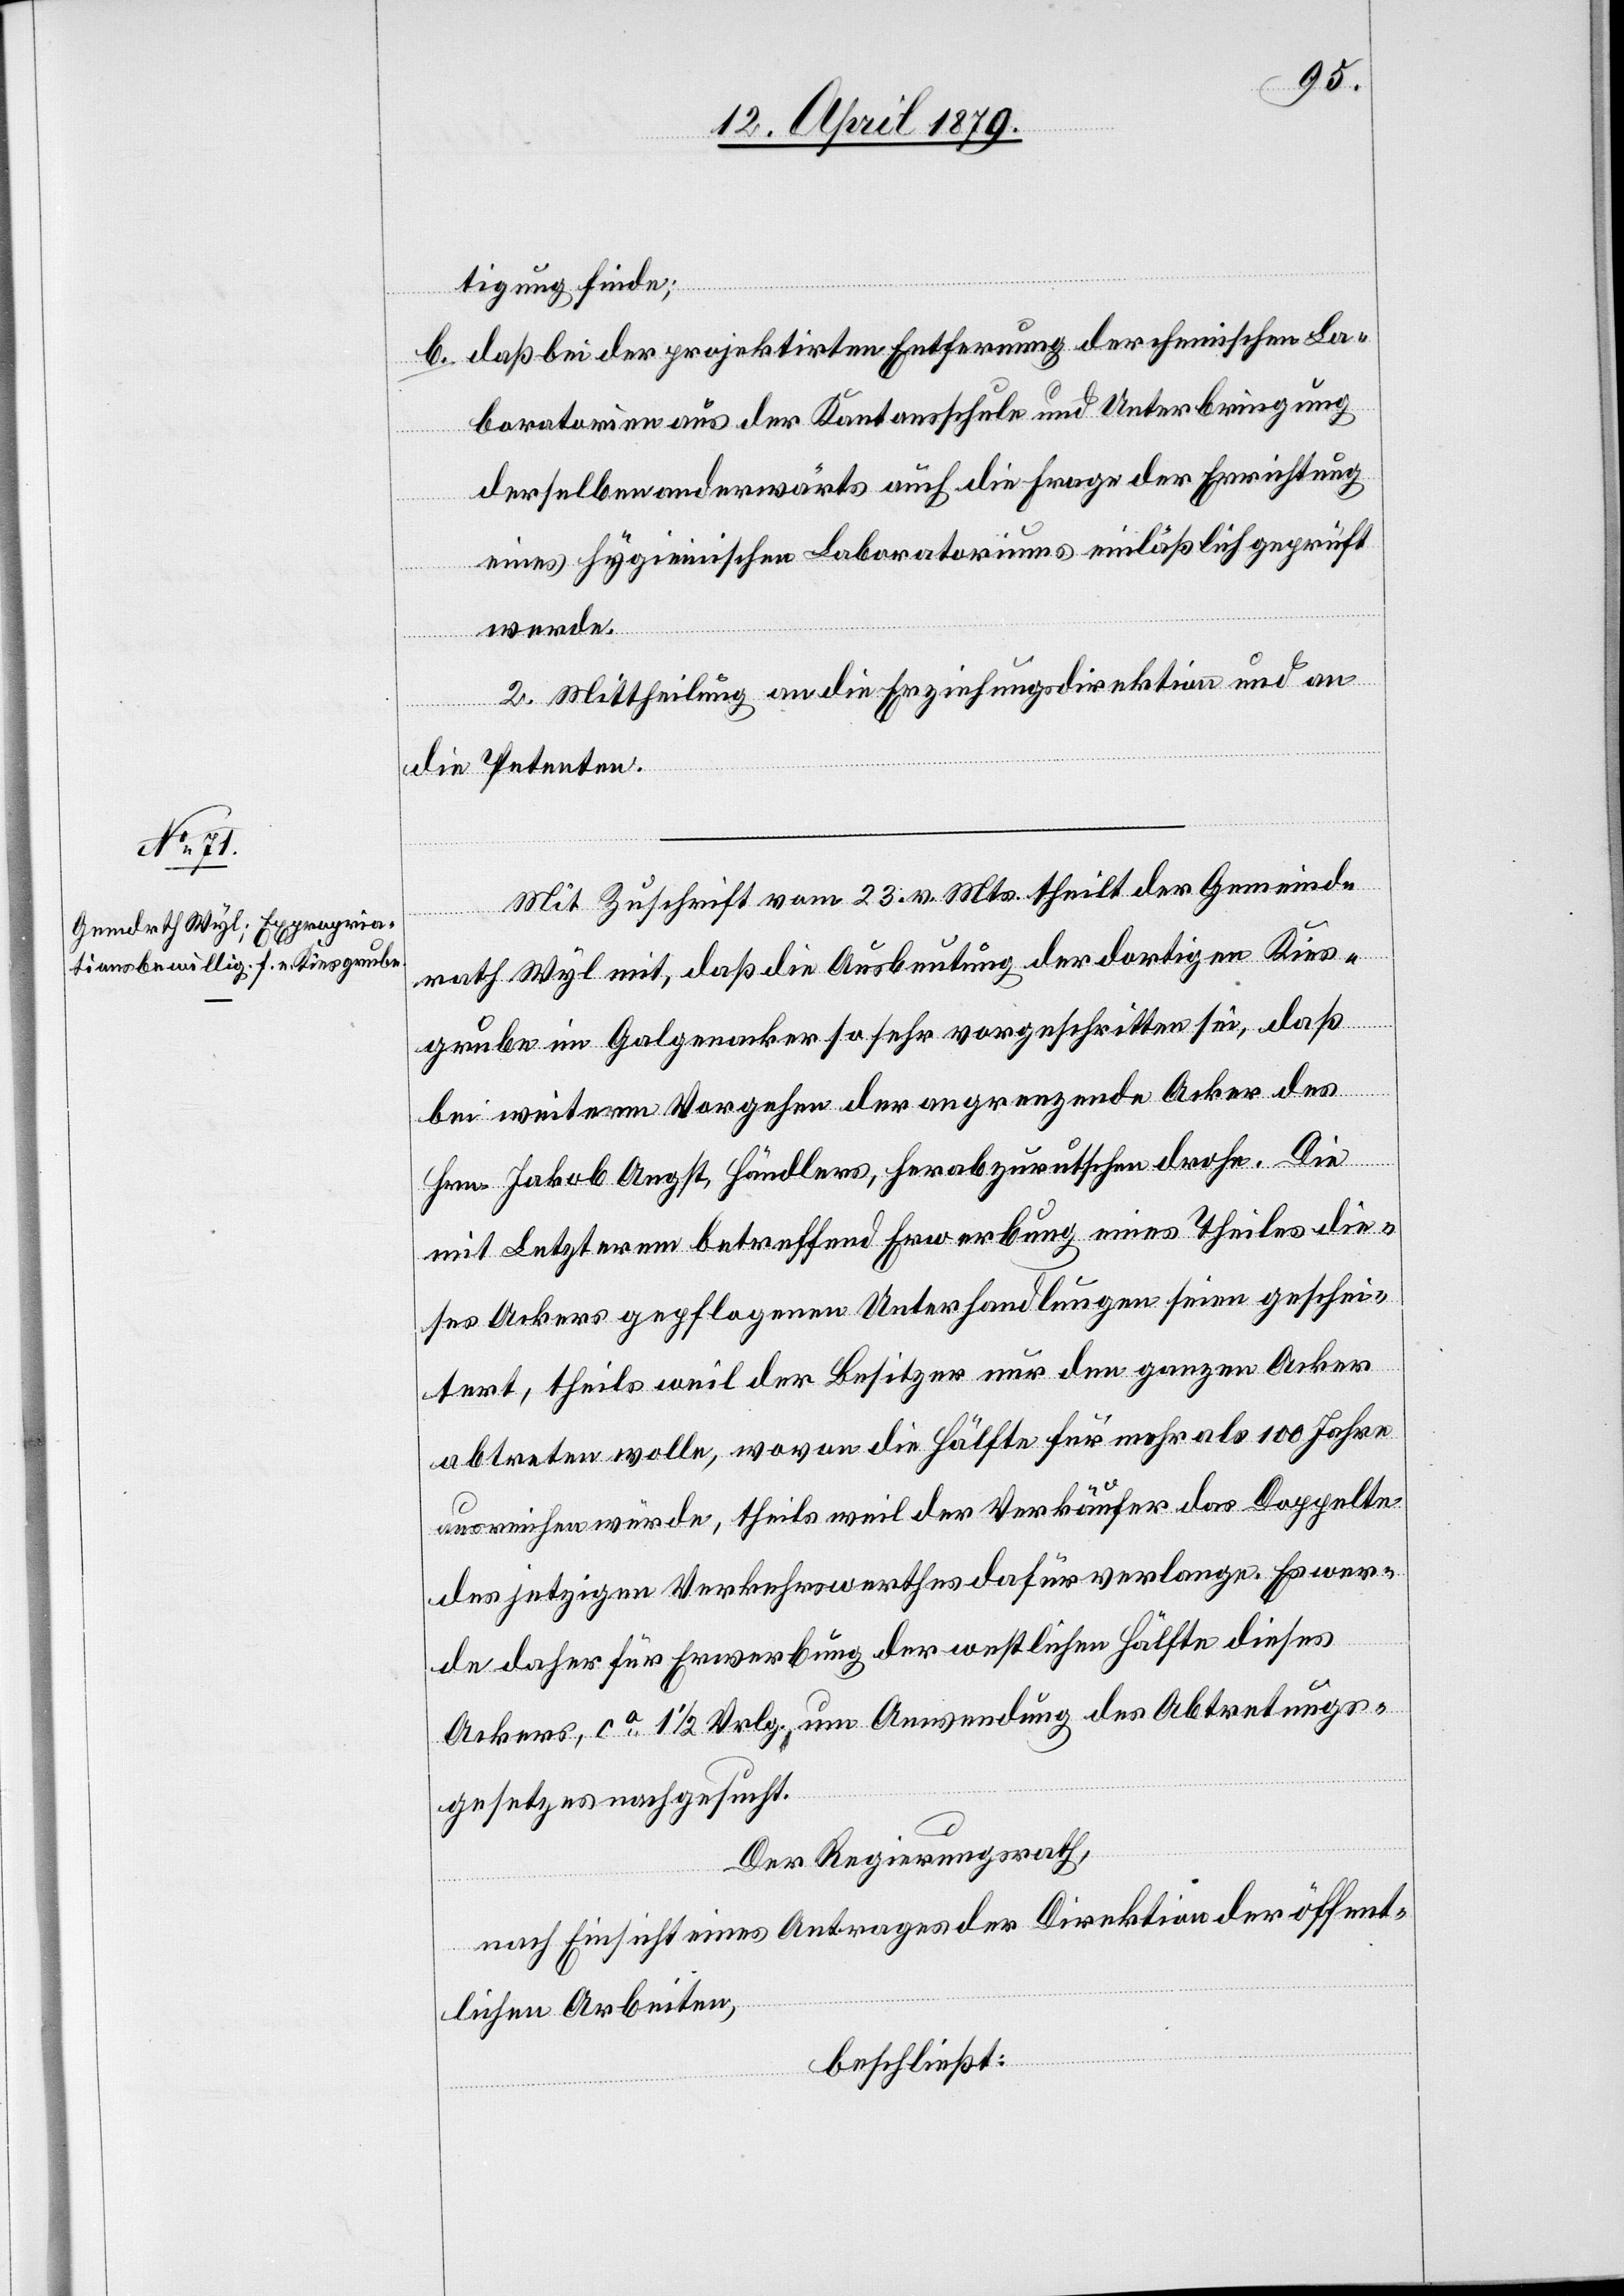
tigung finde;
b. daß bei der projektirten Entfernung der chemischen La¬
boratorien aus der Kantonsschule und Unterbringung
derselben anderwärts auch die Frage der Errichtung
eines hygieinischen Laboratoriums einläßlich geprüft
werde.
2. Mittheilung an die Erziehungsdirektion und an
die Petenten.
Mit Zuschrift vom 23. v. Mts. theilt der Gemeind¬
rath Wyl mit, daß die Ausbeutung der dortigen Kies¬
grube im Galgenacker so sehr vorgeschritten sei, daß
bei weiterm Vorgehen der angrenzende Acker des
Hrn. Jakob Angst, Händlers, herabzurutschen drohe. Die
mit Letzterem betreffend Erwerbung eines Theiles die¬
ses Ackers gepflogenen Unterhandlungen seien geschei¬
tert, theils weil der Besitzer nur den ganzen Acker
abtreten wolle, wovon die Hälfte für mehr als 100 Jahre
ausreichen würde, theils weil der Verkäufer das Doppelte
des jetzigen Verkehrswerthes dafür verlange. Es wer¬
de daher für Erwerbung der westlichen Hälfte dieses
Ackers, ca 1 1/2 Vrlg., um Anwendung des Abtretungs¬
gesetzes nachgesucht.
Der Regierungsrath,
nach Einsicht eines Antrages der Direktion der öffent¬
lichen Arbeiten,
beschließt: